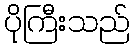
ပိုကြီးသည်